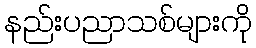
နည်းပညာသစ်များကို